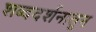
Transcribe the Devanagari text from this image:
शब्ददर्शनातून